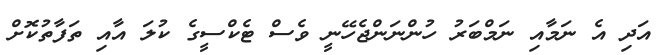
އަދި އެ ނަމާއި ނަމްބަރު ހުންނަންޖެހޭނީ ވެސް ޓެކްސީގެ ކުލަ އާއި ތަފާތުކޮށް